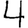
Digit: 4